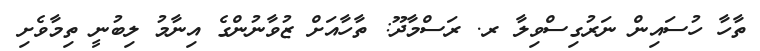
ތާހާ ހުސައިން ނަރުގިސްވިލާ ރ. ރަސްމާދޫ: ތާހާއަށް ޒުވާނުންގެ އިނާމު ލިބުނީ ތިމާވެށި